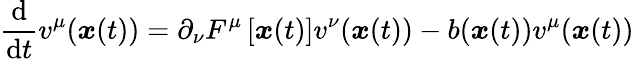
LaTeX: \frac{\mathrm{d}}{\mathrm{d}t}v^{\mu}(\boldsymbol{x}(t))=\partial_{\nu}F^{\mu}\left[\boldsymbol{x}(t)\right]v^{\nu}(\boldsymbol{x}(t))-b(\boldsymbol{x}(t))v^{\mu}(\boldsymbol{x}(t))